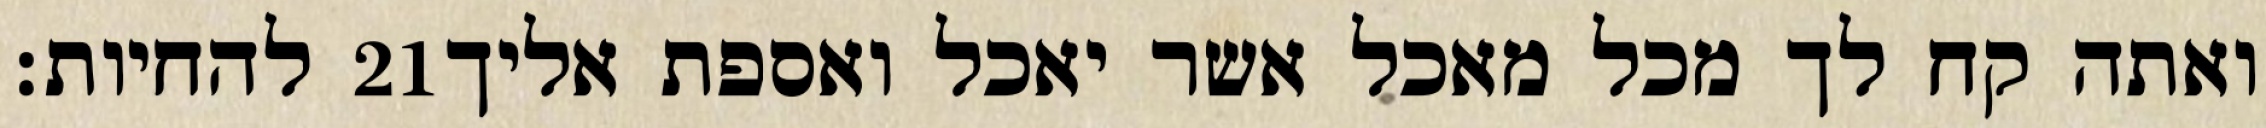
להחיות׃ ‎21‏ ואתה קח לך מכל מאכל אשר יאכל ואספת אליך